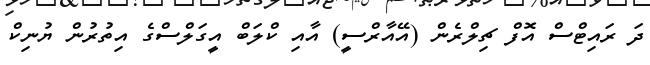
ދަ ރައިޓްސް އޮފް ޗިލްރެން (އޭއާރްސީ) އާއި ކްލަބް އީގަލްސްގެ އިތުރުން ޔުނިކް